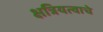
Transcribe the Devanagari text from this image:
क्षत्रियत्वाचे